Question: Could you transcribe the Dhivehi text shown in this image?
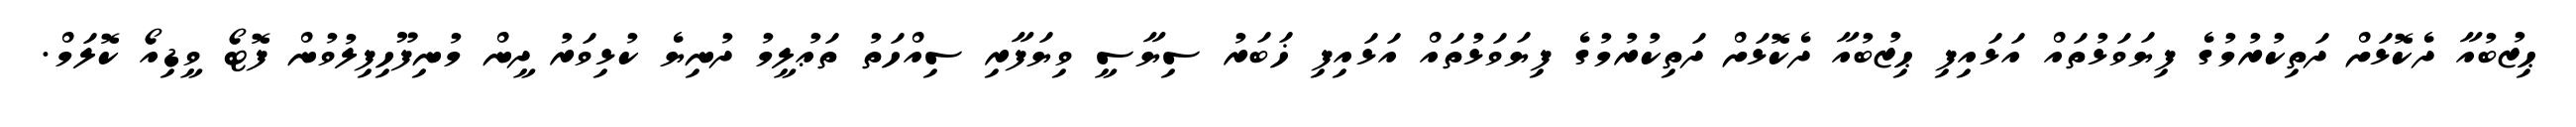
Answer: ޙިޒުބުއާ ދެކޮޅަށް ދަތިކުރުމުގެ ފިޔަވަޅުތައް އަޅައިފި ޙިޒުބުއާ ދެކޮޅަށް ދަތިކުރުމުގެ ފިޔަވަޅުތައް އަޅައިފި ޚަބަރު ސިޔާސީ ވިޔަފާރި ސިއްހަތު ތަޢުލީމު ދުނިޔެ ކުޅިވަރު ދީން މުނިފޫހިފިލުވުން ފޮޓޯ ވީޑިއޯ ކޮލަމް.